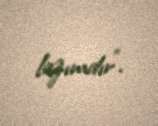
lazımdır”.